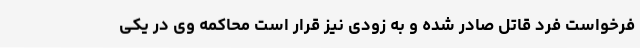
فرخواست فرد قاتل صادر شده و به زودی نیز قرار است محاکمه وی در یکی